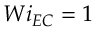
W i _ { E C } = 1